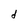
Character: d